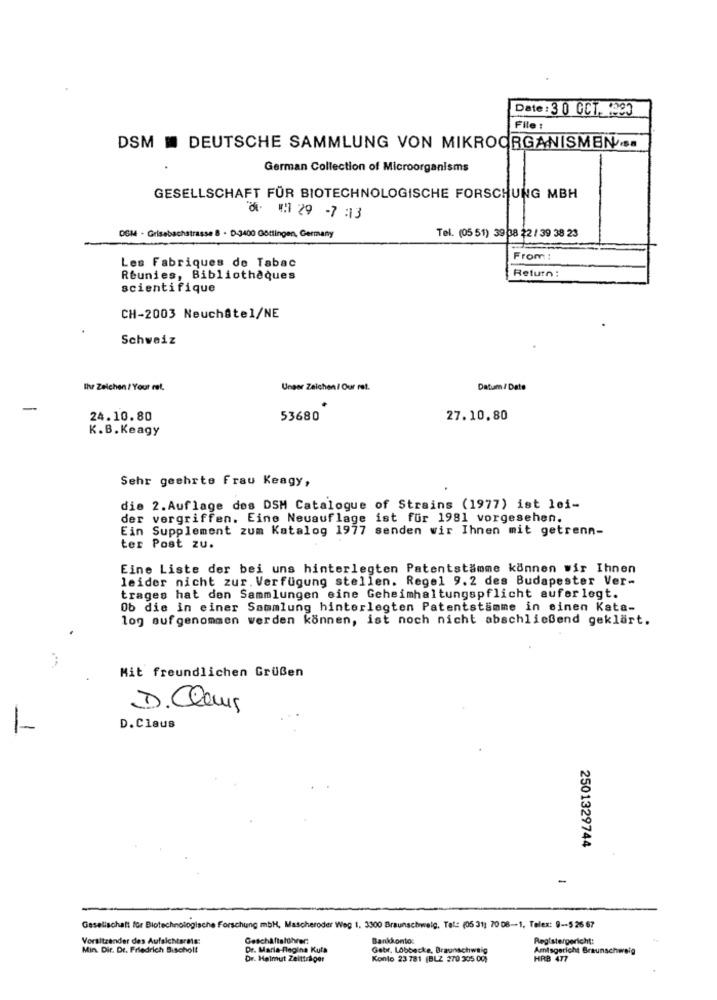
Date : 3 0 OCT. 1900
File :
DSM . DEUTSCHE SAMMLUNG VON MIKROORGANISMEN ..
German Collection of Microorganisms
GESELLSCHAFT FÜR BIOTECHNOLOGISCHE FORSCHUNG MBH
8. 1: 29 -7 :3
OGM - Grisebachstrasse 8 . D-3400 Göttingen, Germany
Tel. (05 51) 39 08 22 / 39 38 23
Lafura .
Les Fabriques de Tabac
From :
Reunies, Bibliothèques
Return:
scientifique
CH-2003 Neuchâtel/NE
Schweiz
Ihr Zeichen / Your rat.
Unser Zeichen / Our ret.
Datum/ Date
24.10.80
53680
27.10.80
K.B. Keagy
Sehr geehrte Frau Keagy,
die 2.Auflage des DSM Catalogue of Strains (1977) ist lei-
der vergriffen. Eine Neuauflage ist für 1981 vorgesehen.
Ein Supplement zum Katalog 1977 senden wir Ihnen mit getrenn-
ter Post zu.
Eine Liste der bei uns hinterlegten Patentstamme können wir Ihnen
leider nicht zur. Verfügung stellen. Regel 9.2 des Budapester Ver-
trages hat den Sammlungen eine Geheimhaltungspflicht auferlegt.
Ob die in einer Sammlung hinterlegten Patentstämme in einen Kata-
log aufgenommen werden können, ist noch nicht abschließend geklärt.
Mit freundlichen Grußen
D.Claus
1-
D.Claus
2501329744
-
Gesellschaft for Biotechnologische Forschung mbH, Mascheroder Weg 1. 3300 Braunschweig, Tel: (05 31; 70 08-1, Telex: 9-5 26 67
Vorsitzender des Aufsichtsrats:
Geschäftsführer:
Bankkonto:
Registergericht:
Min. Dir. Dr. Friedrich Bischoll
Dr. Maria-flagina Kula
Gebr. Lobbecke, Braunschweig
Amtsgericht Braunschweig
Dr. Helmut Zeitträger
Konto 23 781 (BLZ 270 305 00)
HRB 477